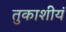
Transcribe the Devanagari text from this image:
तुकाशीयं